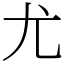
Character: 尤